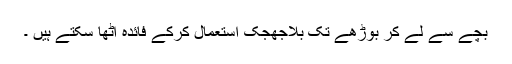
بچے سے لے کر بوڑھے تک بلاجھجک استعمال کرکے فائدہ اٹھا سکتے ہیں ۔